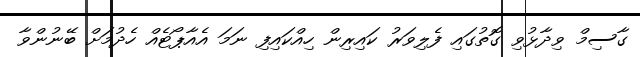
ގާސިމް ވިދާޅުވި ގޮތުގައި ފެލިވަރު ކައިރިން ހިއްކައިފި ނަމަ އެއާޕޯޓެއް ހެދުމަށް ބޭނުންވާ